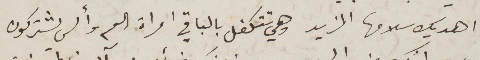
اهديك سلامها المزيد وهي تتكفل بالباقي امرأة العم وألسي يشتركون